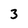
Character: 3